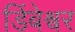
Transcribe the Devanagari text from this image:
डिंबेश्वर